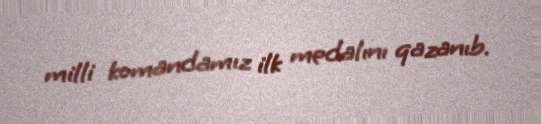
milli komandamız ilk medalını qazanıb.